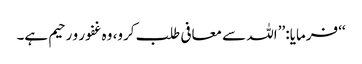
‘‘ فرمایا: ’’اللہ سے معافی طلب کرو، وہ غفور و رحیم ہے۔